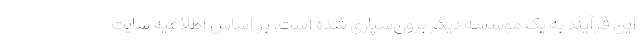
این فرآیند به یک موسسه دیگر برون‌سپاری شده است. بر اساس اطلاعیه سایت